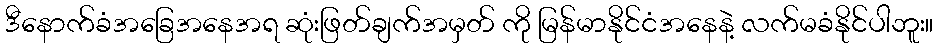
ဒီနောက်ခံအခြေအနေအရ ဆုံးဖြတ်ချက်အမှတ် ကို မြန်မာနိုင်ငံအနေနဲ့ လက်မခံနိုင်ပါဘူး။